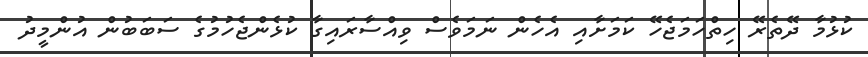
ކުޅުމާ ދޭތެރޭ ހިތްހަމަޖެހޭ ކަމަށާއި އެހެން ނަމަވެސް ވިއްސާރައިގާ ކުޅެންޖެހުމުގެ ސަބަބުން އުންމީދު